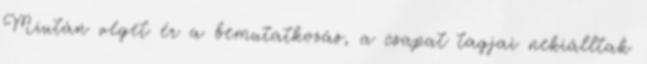
Miután véget ér a bemutatkozás, a csapat tagjai nekiálltak